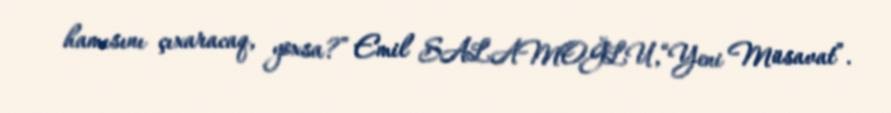
hamısını çıxaracaq, yoxsa?” Emil SALAMOĞLU,“Yeni Müsavat”.